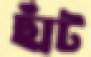
ছাঁট